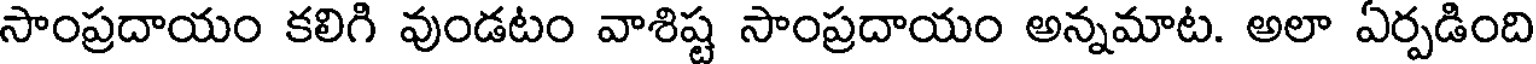
సాంప్రదాయం కలిగి వుండటం వాశిష్ట సాంప్రదాయం అన్నమాట. అలా ఏర్పడింది